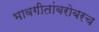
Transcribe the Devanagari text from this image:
भावगीतांबरोबरच